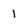
Character: 1